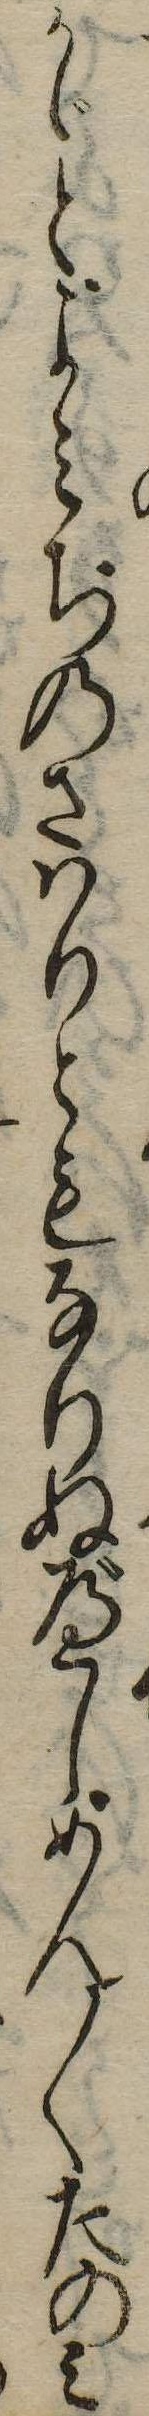
かゞとよみぢのさはりともなりぬべしめん〱たのみ